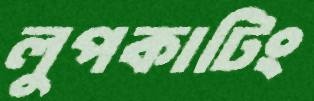
লুপকাটিং